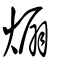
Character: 煽